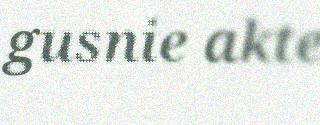
gusnie akte